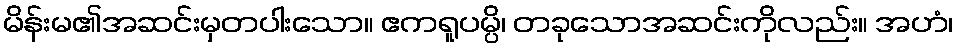
မိန်းမ၏အဆင်းမှတပါးသော။ ဧကရူပမ္ပိ၊ တခုသောအဆင်းကိုလည်း။ အဟံ၊